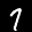
Label: 7